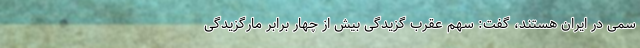
سمی در ایران هستند، گفت: سهم عقرب گزیدگی بیش از چهار برابر مارگزیدگی